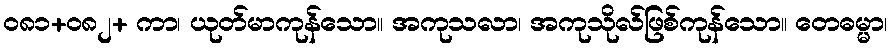
ဝ၈၁+၀၈၂+ ကာ၊ ယုတ်မာကုန်သော။ အကုသလာ၊ အကုသိုလ်ဖြစ်ကုန်သော။ တေဓမ္မာ၊